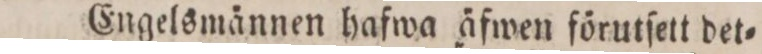
Engelsmännen hafwa äfwen förutſett det=